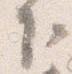
下